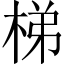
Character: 梯